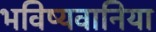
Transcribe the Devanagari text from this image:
भविष्यवानिया